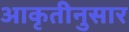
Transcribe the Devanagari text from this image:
आकृतीनुसार